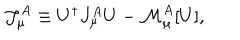
LaTeX: { \mathcal J } _ { \mu } ^ { A } \equiv U ^ { \dagger } J _ { \mu } ^ { A } U - { \mathcal M } _ { \mu } ^ { A } [ U ] ,